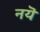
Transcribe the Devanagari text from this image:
नयॆ